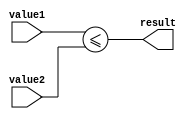
module less_than_or_equal_to(
    input [31:0] value1,
    input [31:0] value2,
    output result
);

assign result = (value1 <= value2);

endmodule